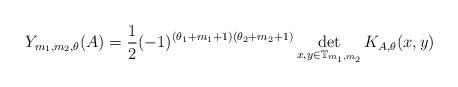
LaTeX: \begin{align*} Y_{m_1,m_2,\theta}(A) = \frac{1}{2}(-1)^{(\theta_1+m_1+1)(\theta_2+m_2+1) } \det\limits_{x , y \in \mathbb{T}_{m_1,m_2}} K_{A,\theta}(x,y)\end{align*}